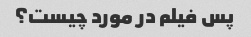
پس فیلم در مورد چیست؟